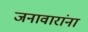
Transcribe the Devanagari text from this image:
जनावारांना